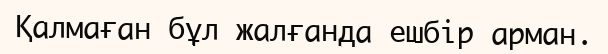
Қалмаған бұл жалғанда ешбір арман.